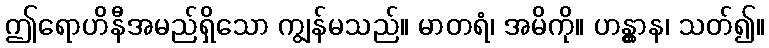
ဤရောဟိနီအမည်ရှိသော ကျွန်မသည်။ မာတရံ၊ အမိကို။ ဟန္တွာန၊ သတ်၍။